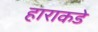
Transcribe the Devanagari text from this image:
हाराकडे